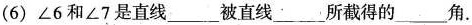
(6) ∠6和∠7是直线___被直线____所截得的___角.